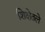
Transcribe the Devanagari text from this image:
शिक्षेतले